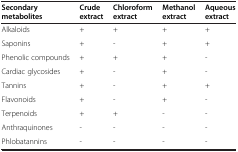
<table><thead><tr><td><b>Secondary metabolites</b></td><td><b>Crude extract</b></td><td><b>Chloroform extract</b></td><td><b>Methanol extract</b></td><td><b>Aqueous extract</b></td></tr></thead><tbody><tr><td>Alkaloids</td><td>+</td><td>+</td><td>+</td><td>+</td></tr><tr><td>Saponins</td><td>+</td><td>-</td><td>+</td><td>+</td></tr><tr><td>Phenolic compounds</td><td>+</td><td>+</td><td>+</td><td>-</td></tr><tr><td>Cardiac glycosides</td><td>+</td><td>-</td><td>+</td><td>-</td></tr><tr><td>Tannins</td><td>+</td><td>-</td><td>+</td><td>+</td></tr><tr><td>Flavonoids</td><td>+</td><td>-</td><td>+</td><td>-</td></tr><tr><td>Terpenoids</td><td>+</td><td>+</td><td>-</td><td>-</td></tr><tr><td>Anthraquinones</td><td>-</td><td>-</td><td>-</td><td>-</td></tr><tr><td>Phlobatannins</td><td>-</td><td>-</td><td>-</td><td>-</td></tr></tbody></table>